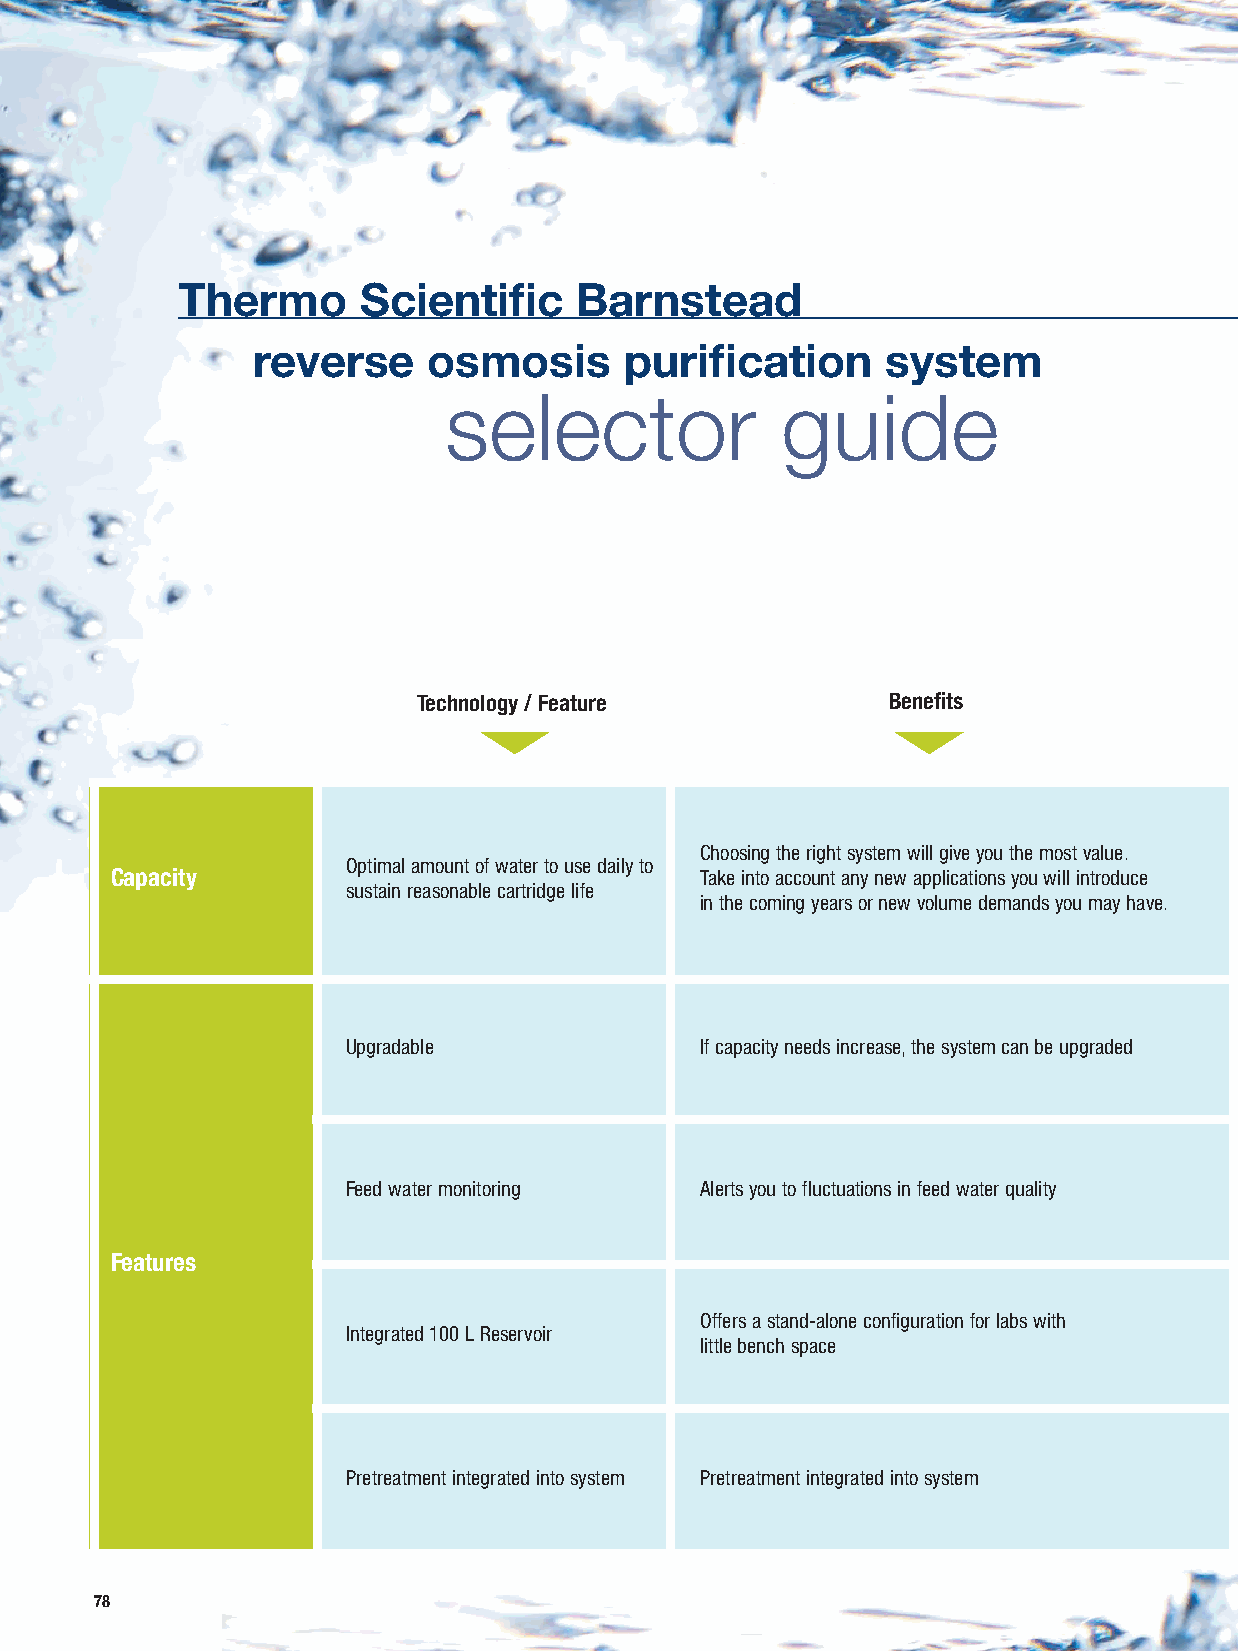
Thermo      Scientific    Barnstead
 reverse    osmosis      purification      system
 selector               guide
 Technology / Feature           Benefits
 Choosing the right system will give you the most value.
 Optimal amount of water to use daily to
 Capacity                               Take into account any new applications you will introduce
 sustain reasonable cartridge life
 in the coming years or new volume demands you may have.
 Upgradable             If capacity needs increase, the system can be upgraded
 Feed water monitoring  Alerts you to fluctuations in feed water quality
 Features
 Offers a stand-alone configuration for labs with
 Integrated 100 L Reservoir
 little bench space
 Pretreatment integrated into system Pretreatment integrated into system
 78